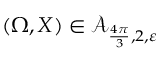
( \Omega , X ) \in \mathcal A _ { \frac { 4 \pi } { 3 } , 2 , \varepsilon }